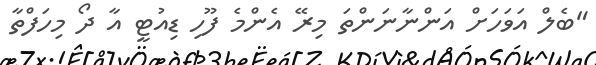
"ބެލް އަވަހަށް އަންނާނަންތަ މިރޭ އެންމެ ފޫހި ޑިއުޓީ އާ ދޯ މިހަފްތާ